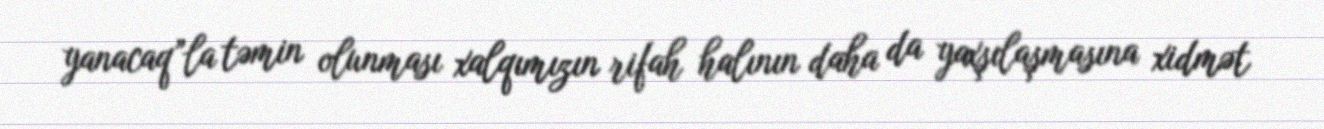
yanacaq”la təmin olunması xalqımızın rifah halının daha da yaxşılaşmasına xidmət